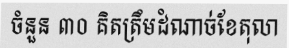
ចំនួន ៣០ គិតត្រឹមដំណាច់ខែតុលា